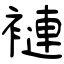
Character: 褳